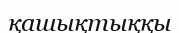
қашықтыққы